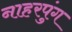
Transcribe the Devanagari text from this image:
नाहरपुंग